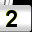
Digit: 2